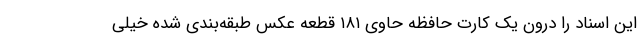
این اسناد را درون یک کارت حافظه حاوی ۱۸۱ قطعه عکس طبقه‌بندی شده خیلی